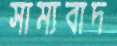
সাম্যবাদ